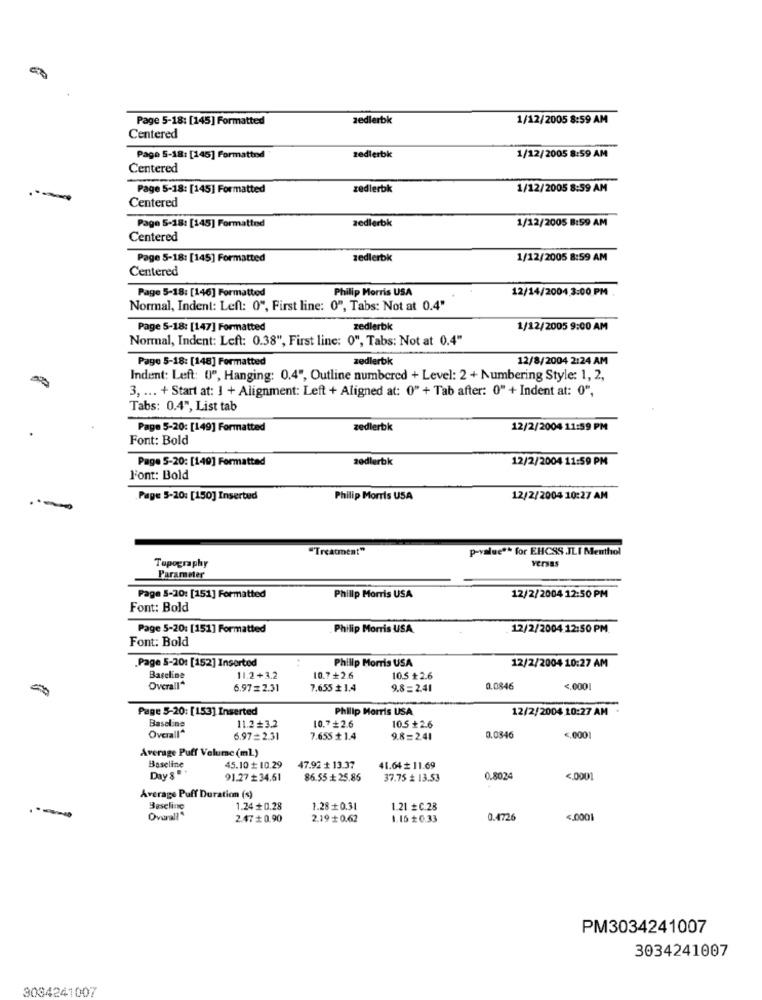
Page 5-18: [145] Formatted
zedlerbk
1/12/2005 8:59 AM
Centered
Page 5-18: [145] Formatted
zedlerbk
1/12/2005 8:59 AM
Centered
Page 5-18: [145] Formatted
zedlerbk
1/12/2005 8:59 AM
Centered
1/12/2005 8:59 AM
Page 5-18: [145] Formatted
zedlerbk
Centered
Page 5-18: [145] Formatted
zedlerbk
1/12/2005 8:59 AM
Centered
Page 5-18: [146] Formatted
Philip Morris USA
12/14/2004 3:00 PM
Normal, Indent: Left: 0", First line: 0", Tabs: Not at 0.4"
Page 5-18: [147] Formatted
zedlerbk
1/12/2005 9:00 AM
Normal, Indent: Left: 0.38", First line: 0", Tabs: Not at 0.4"
zedlerbk
12/8/2004 2:24 AM
Page 5-18: [148] Formatted
Indent: Left: 0", Hanging: 0.4", Outline numbered + Level: 2 + Numbering Style: 1, 2,
3, ... + Start at: 1 + Alignment: Left + Aligned at: 0" + Tab after: 0" + Indent at: 0",
Tabs: 0.4", List tab
Page 5-20: [149] Formatted
zedlerbk
12/2/2004 11:59 PM
Font: Bold
Page 5-20: [149] Formatted
zedlerbk
12/2/2004 11:59 PM
Font: Bold
Page 5-20: [150] Inserted
Philip Morris USA
12/2/2004 10:27 AM
"Treatment"
p-value ** for EHCSS JLI Menthol
Topography
Parameter
Page 5-10: [151] Formatted
Philip Morris USA
12/2/2004 12:50 PM
Font: Bold
Page 5-20: [151] Formatted
Philip Morris USA
12/2/2004 12:50 PM
Font: Bold
.Page 5-20: [152] Inserted
Philip Morris USA
12/2/2004 10:27 AM
Baseline
11.2+3.2
10.7+2.6
10.5 ₺2.6
Overall"
6.97= 2.31
7.655 + 1.4
9.8 =2.41
0.0846
<. 0001
Page 5-20: [153] Inserted
Philip Morris USA
12/2/2004 10:27 AM
Baseline
Overall"
11.2+3.2
10.7 #2.6
10.5 ₺2.6
6.97= 2.31
7.655 + 1.4
9.8=2.41
0.0346
<. 0001
Average Puff Volume (ml)
Baseline
45.10 # 10.29
47.92 + 13.37
41.64 # 11.69
Day &
91.27 # 34.61
86.55 + 25.86
37.75 ₺ 13.53
0.8024
<, 0001
Average Puff Duration (s)
Baseline
1.24 + 0.28
1.28 + 0.31
1.21 + C.28
-
Overal?"
2.47 + 0.90
2.19 + 0.62
1.16 £0.33
0.4726
<. 000
PM3034241007
3034241007
3084241007